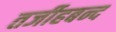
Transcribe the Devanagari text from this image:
तर्जीहबन्द